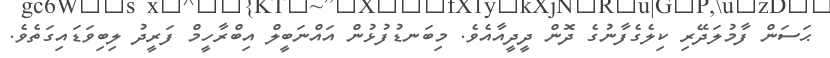
ޙަސަން ފާމުލަދޭރި ކިލެގެފާނުގެ ދޮން ދީދީއާއެވެ. މިބަނޑުފުޅުން އައްނަބީލް އިބްރާހީމް ފަރީދު ލިބިވަޑައިގަތެވެ.